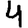
Digit: 4